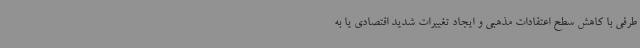
طرفی با کاهش سطح اعتقادات مذهبی و ایجاد تغییرات شدید اقتصادی یا به